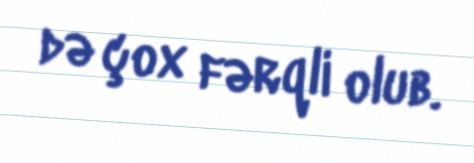
də çox fərqli olub.